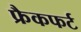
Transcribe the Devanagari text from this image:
फ्रैकफर्ट